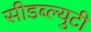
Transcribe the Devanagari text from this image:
सीडब्ल्युटी